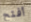
أفتح